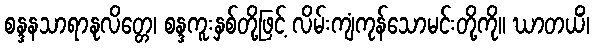
စန္ဒနသာရာနုလိတ္တေ၊ စန္ဒကူးနှစ်တို့ဖြင့် လိမ်းကျံကုန်သောမင်းတို့ကို။ ဃာတယိံ၊